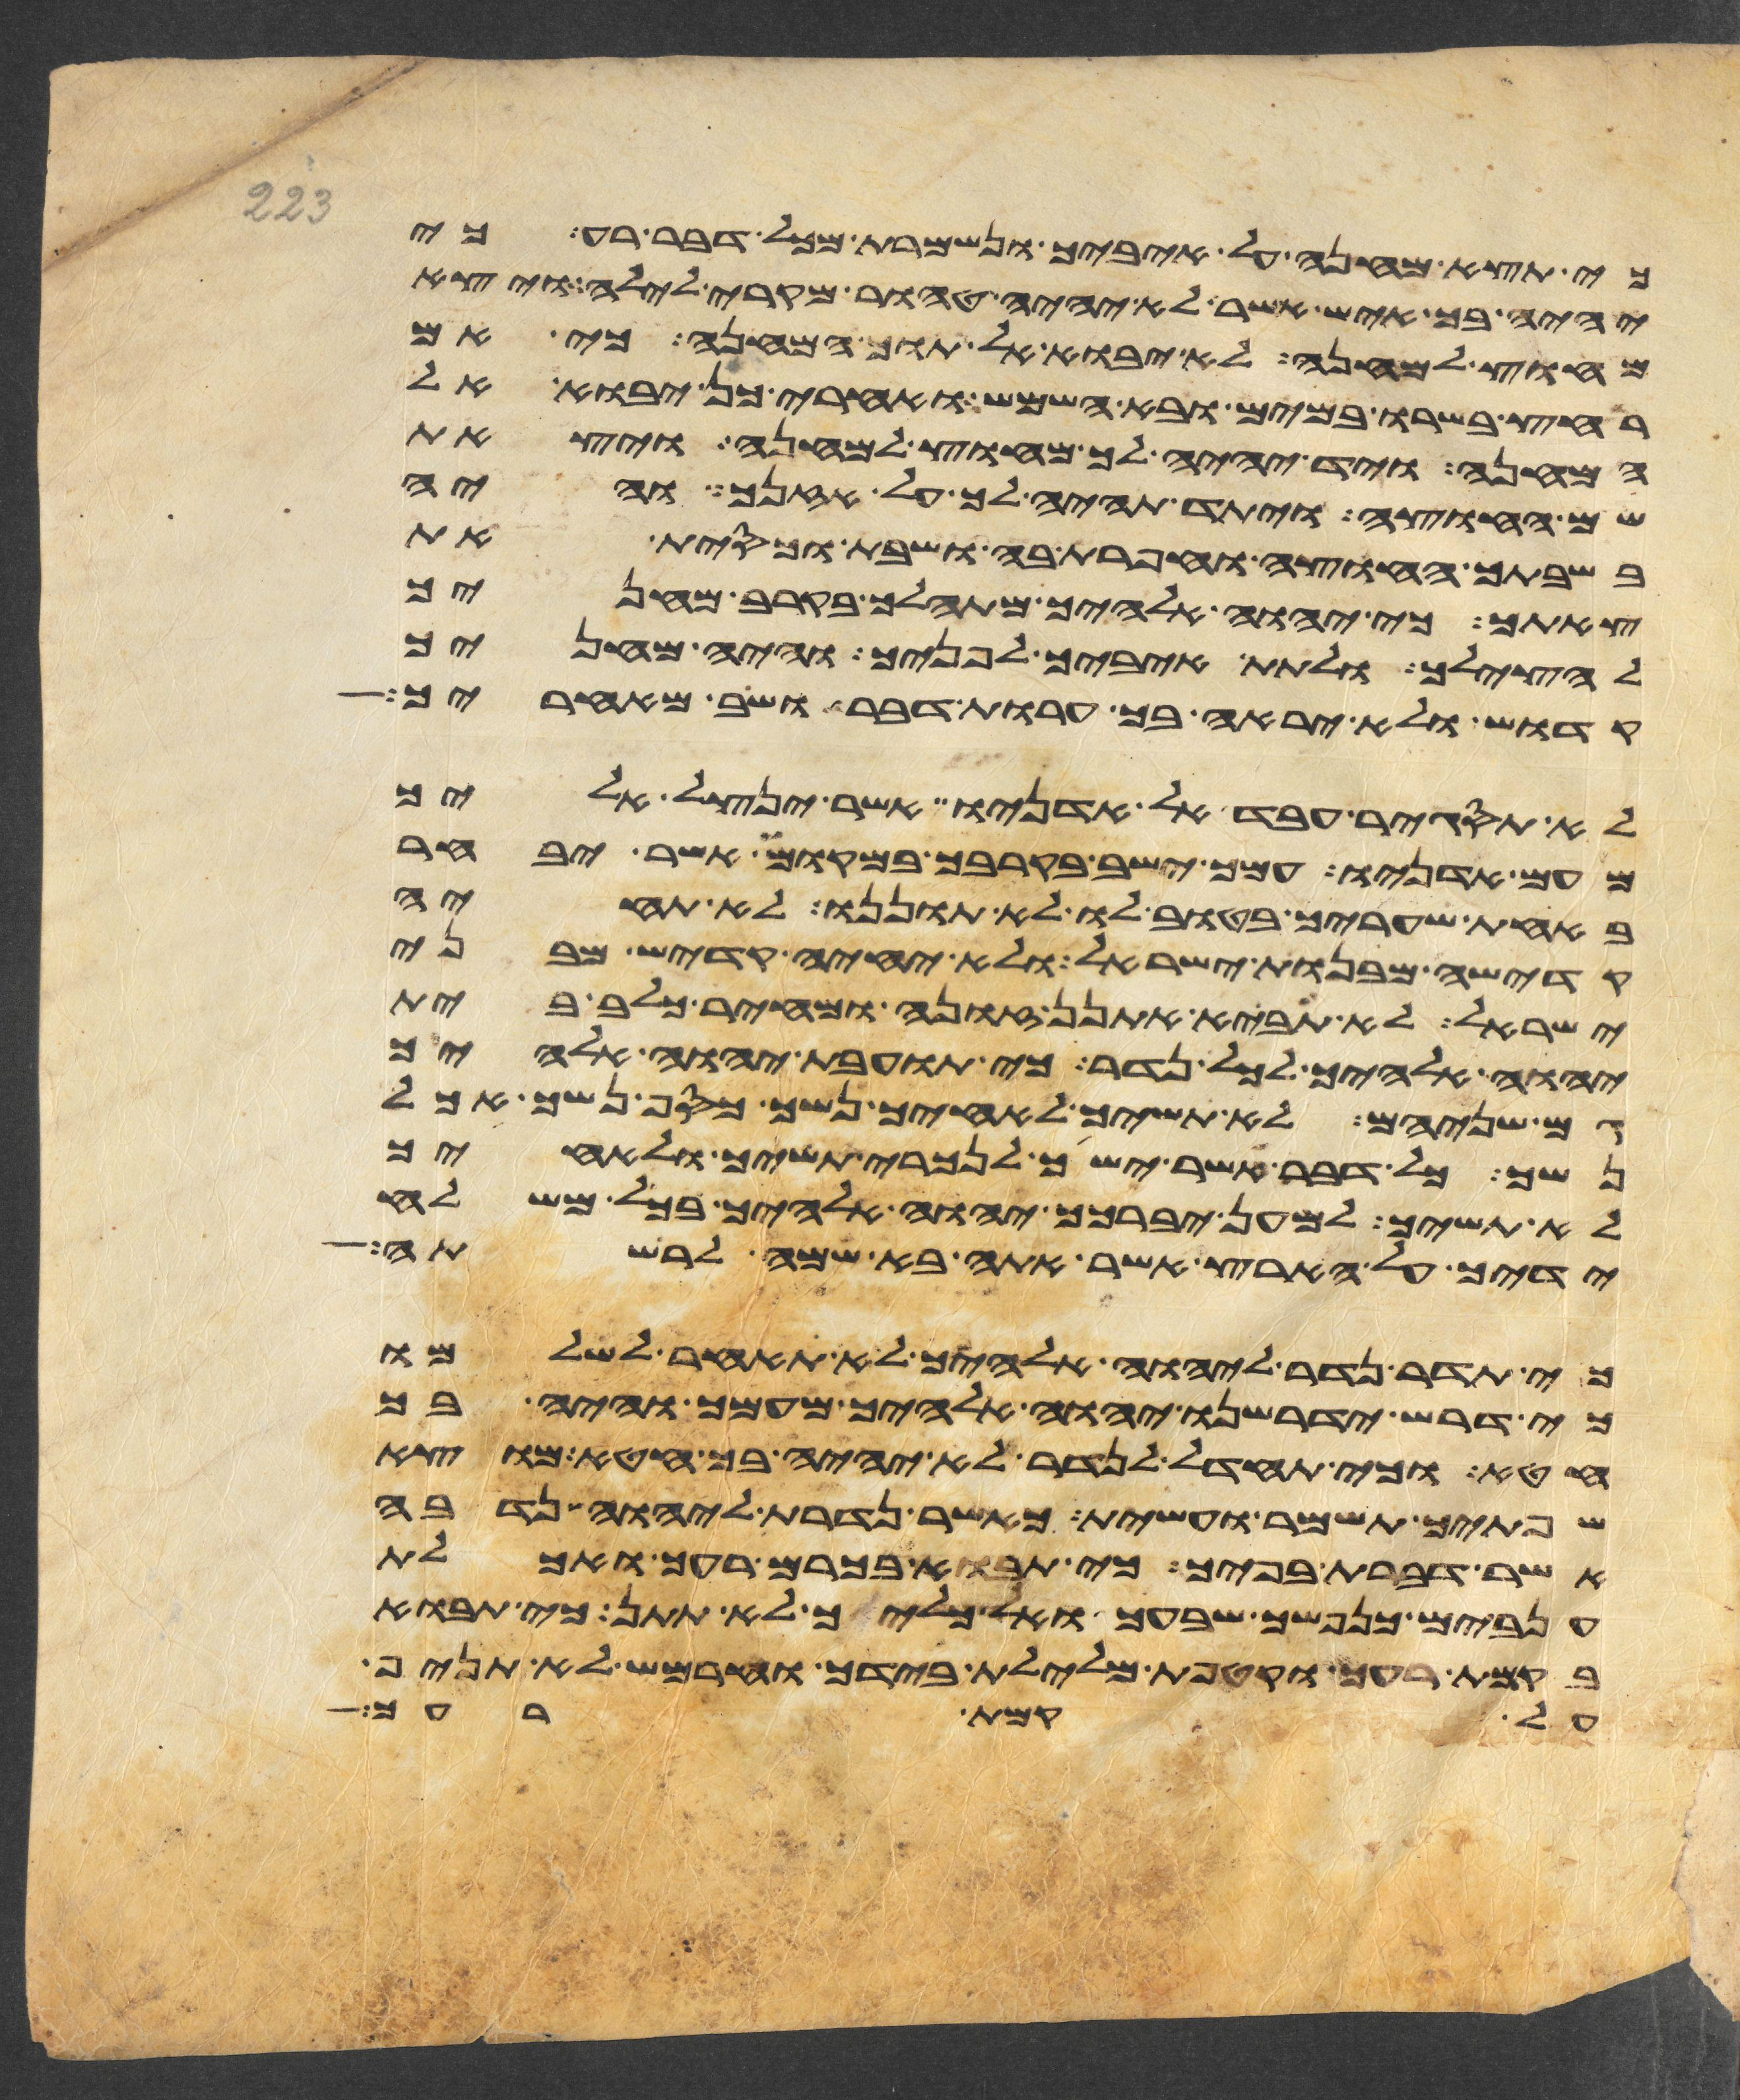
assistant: כי תצא מחנה על איביך ונשמרת מכל דבר רע כי
יהיה בך איש אשר לא יהיה טהור מקרי לילה ויצא
מחוץ למחנה לא יבוא אל תוך המחנה כי אם
רחץ בשרו במים ובא השמש ואחרי כן יבוא אל
המחנה ויד יהיה לך מחוץ למחנה ויצאת
שם החוצה ויתד תהיה לך על אזנך והיה
בשבתך החוצה וחפרת בה ושבת וכסית את
צאתך כי יהוה אלהיך מתהלך בקרב מחניך
להצילך ולתת איביך לפניך והיה מחניך
קדוש ולא יראה בך ערות דבר ושב מאחריך
לא תסגיר עבד אל אדניו אשר ינצל אליך
מעם אדניו עמך ישב בקרבך במקום אשר יבחר
באחת שעריך בטוב לו לא תוננו לא תחיה
קדשה מבנות ישראל ולא יחיה קדש מבני
ישראל לא תביא אתנן זונה ומחיר כלב בית
יהוה אלהיך לכל נדר כי תועבת יהוה אלהיך
גם שניהם לא תשיך לאחיך נשך כסף נשך אכל
נשך כל דבר אשר ישך לנכרי תשיך ולאחיך
לא תשיך למען יברכך יהוה אלהיך בכל משלח
ידיך על הארץ אשר אתה בא שמה לרשתה
כי תדר נדר ליהוה אלהיך לא תאחר לשלמו
כי דרש ידרשנו יהוה אלהיך מעמך והיה בך
חטא וכי תחדל לנדר לא יהיה בך חטא מוצא
שפתיך תשמר ועשית כאשר נדרת ליהוה נדבה
אשר דברת בפיך כי תבוא בכרם רעך ואכלת
ענבים כנפשך שבעך ואל כליך לא תתן כי תבוא
בקמת רעך וקטפת מלילת בידך וחרמש לא תניף
על קמת רעך